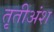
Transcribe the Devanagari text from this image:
तृतीअंश